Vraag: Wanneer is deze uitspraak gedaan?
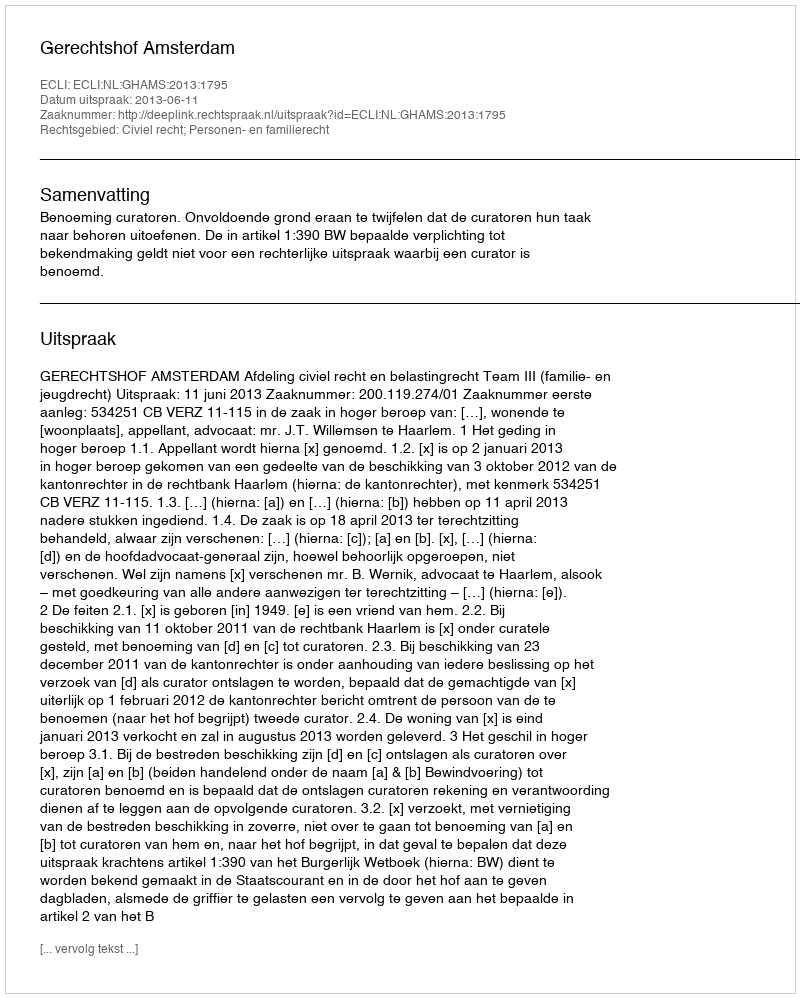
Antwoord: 2013-06-11